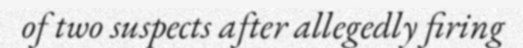
of two suspects after allegedly firing